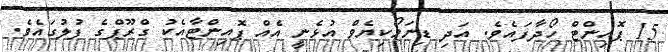
15 ޕޮއިންޓް ހޯދާފައެވެ. އަދި ޑިނަމޯކިޔެވް އުޅެނީ އެއް ޕޮއިންޓާއެކު ގްރޫޕްގެ ފުލުގައެވެ.